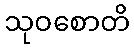
သုဝစောတိ